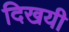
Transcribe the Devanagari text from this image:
दिखयी